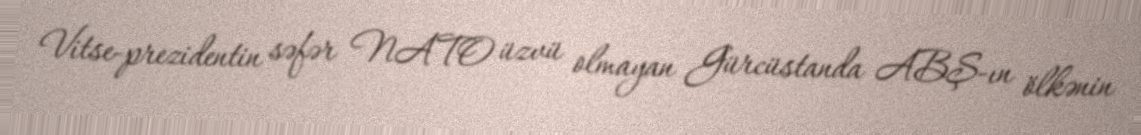
Vitse-prezidentin səfər NATO üzvü olmayan Gürcüstanda ABŞ-ın ölkənin